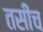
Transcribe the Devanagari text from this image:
तसीच